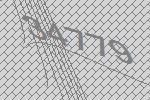
34779